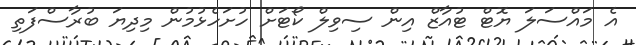
އެ މައްސަލަ ޔޮޓް ޓުއާޒް އިން ސިވިލް ކޯޓަށް ހުށަހެޅުމުން މިދިޔަ ބުރާސްފަތި